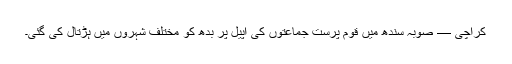
کراچی — صوبہ ِسندھ میں قوم پرست جماعتوں کی اپیل پر بدھ کو مختلف شہروں میں ہڑتال کی گئی۔